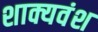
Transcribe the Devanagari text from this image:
शाक्यवंश